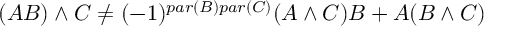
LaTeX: ( A B ) \wedge C \neq ( - 1 ) ^ { p a r ( B ) p a r ( C ) } ( A \wedge C ) B + A ( B \wedge C )